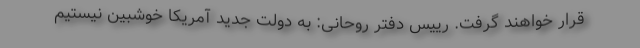
قرار خواهند گرفت. رییس دفتر روحانی: به دولت جدید آمریکا خوشبین نیستیم